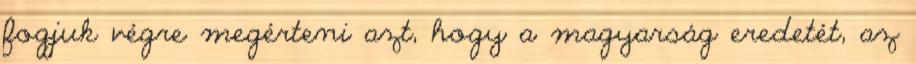
fogjuk végre megérteni azt, hogy a magyarság eredetét, az